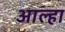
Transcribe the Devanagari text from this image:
आल्‍हा